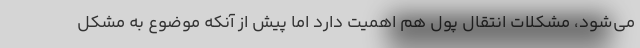
می‌شود، مشکلات انتقال پول هم اهمیت دارد اما پیش از آنکه موضوع به مشکل